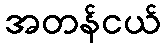
အတန်ငယ်